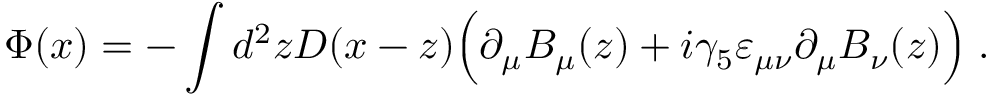
\Phi ( x ) = - \int d ^ { 2 } z D ( x - z ) \Big ( \partial _ { \mu } B _ { \mu } ( z ) + i \gamma _ { 5 } \varepsilon _ { \mu \nu } \partial _ { \mu } B _ { \nu } ( z ) \Big ) \; .